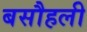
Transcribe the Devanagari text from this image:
बसौहली